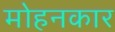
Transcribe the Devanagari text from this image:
मोहनकार